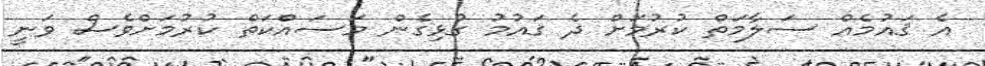
އެ ޤައުމެއް ސަލާމަތް ކުރުމަށް ދެ ޤައުމު ގުޅިގެން މަސައްކަތް ކުރުމަށްވެސް ވަނީ